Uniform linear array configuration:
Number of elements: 64
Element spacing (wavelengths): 0.5
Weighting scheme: cosine
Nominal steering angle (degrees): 45
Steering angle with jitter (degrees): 45.448
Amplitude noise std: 0.05
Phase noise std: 0.05

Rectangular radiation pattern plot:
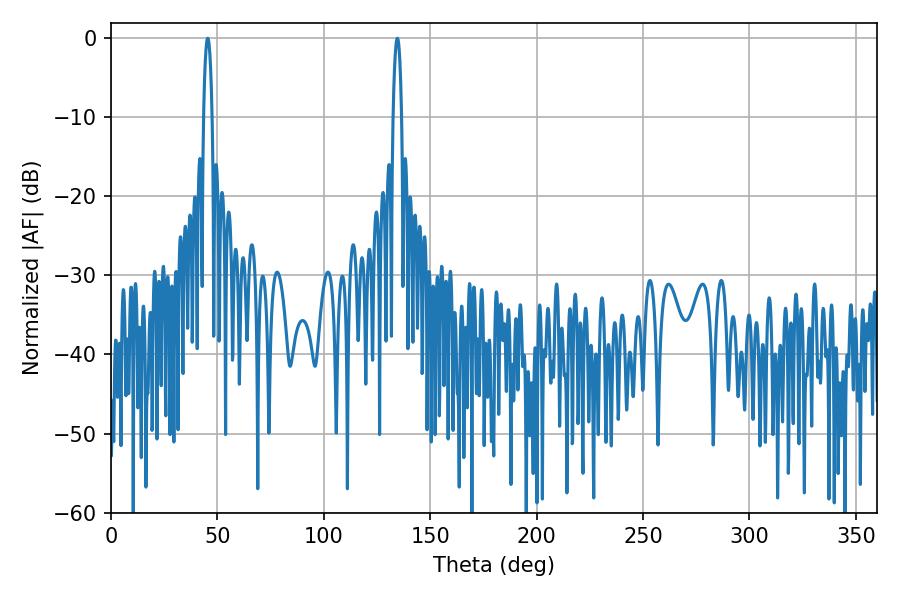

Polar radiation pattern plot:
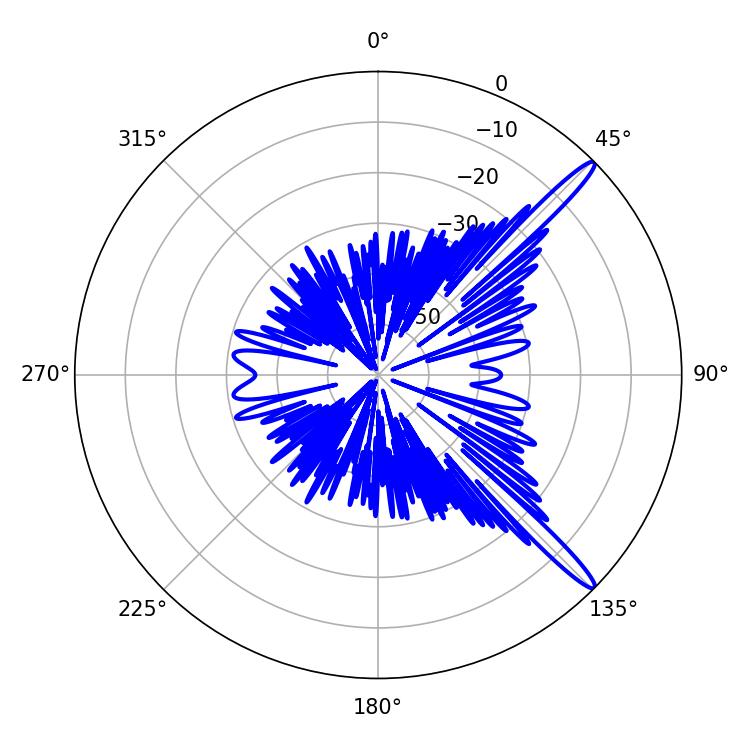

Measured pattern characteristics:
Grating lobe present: FALSE
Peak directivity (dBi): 14.948
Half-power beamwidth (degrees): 2.34
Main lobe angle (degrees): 134.64